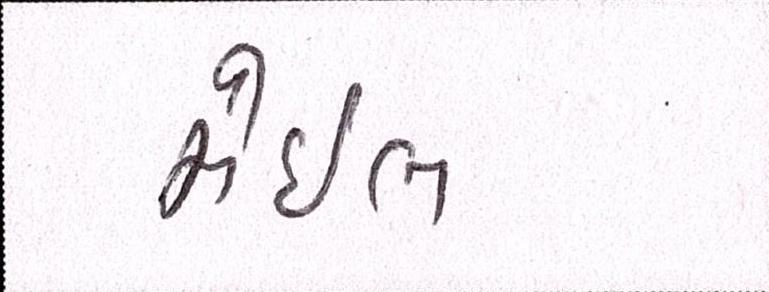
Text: મેઈલ